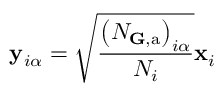
\mathbf { y } _ { i \alpha } = \sqrt { \frac { \left( N _ { \mathbf { G } , \mathrm { a } } \right) _ { i \alpha } } { N _ { i } } } \mathbf { x } _ { i }